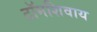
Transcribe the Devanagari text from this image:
टॉमशिवाय